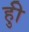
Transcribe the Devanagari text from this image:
हुी